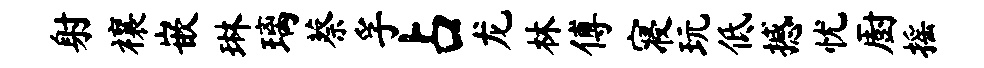
射禳嵌琳璃蔡孚占龙林傅寝玩低撼忧厨摇